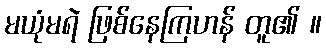
မယုံမရဲ ဖြစ်နေကြဟန် တူ၏ ။